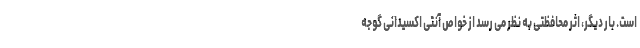
است. بار دیگر، اثر محافظتی به نظر می رسد از خواص آنتی اکسیدانی گوجه